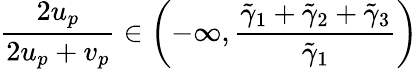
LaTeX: \frac{2u_{p}}{2u_{p}+v_{p}}\in\left(-\infty,\frac{\tilde{\gamma}_{1}+\tilde{\gamma}_{2}+\tilde{\gamma}_{3}}{\tilde{\gamma}_{1}}\right)